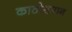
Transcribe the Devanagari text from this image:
काठीसमान